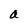
Character: a